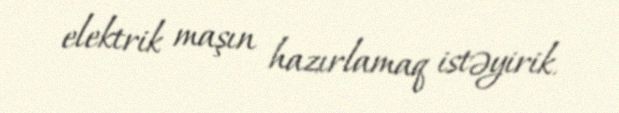
elektrik maşın hazırlamaq istəyirik.